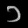
Digit: ၁